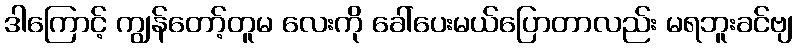
ဒါကြောင့် ကျွန်တော့်တူမ လေးကို ခေါ်ပေးမယ်ပြောတာလည်း မရဘူးခင်ဗျ